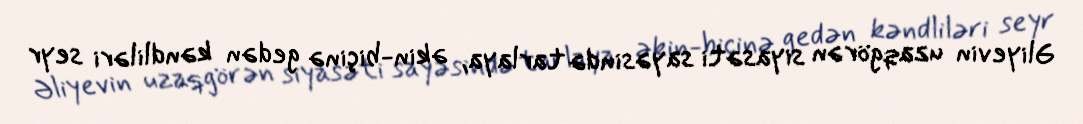
Əliyevin uzaqgörən siyasəti sayəsində tarlaya, əkin-biçinə gedən kəndliləri seyr